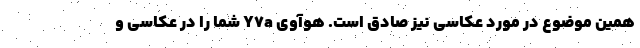
همین موضوع در مورد عکاسی نیز صادق است. هوآوی Y7a شما را در عکاسی و